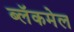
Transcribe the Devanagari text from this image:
ब्लॅकमेल